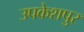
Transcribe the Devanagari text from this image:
उपकेशपुर